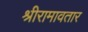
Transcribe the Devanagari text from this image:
श्रीरामावतार